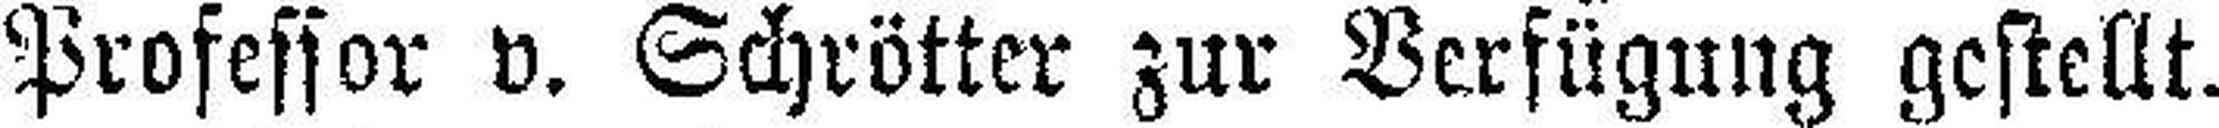
Professor v. Schrötter zur Verfügung gestellt.